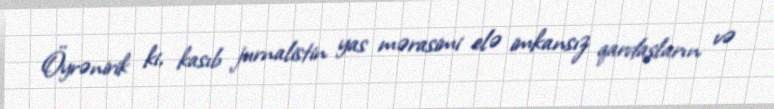
Öyrənirik ki, kasıb jurnalistin yas mərasimi elə imkansız qardaşların və